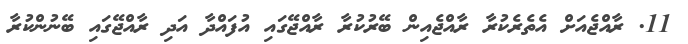
11. ރާއްޖެއަށް އެތެރެކުރާ ރާއްޖެއިން ބޭރުކުރާ ރާއްޖޭގައި އުފައްދާ އަދި ރާއްޖޭގައި ބޭނުންކުރާ